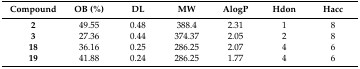
<table><thead><tr><td><b>Compound</b></td><td><b>OB (%)</b></td><td><b>DL</b></td><td><b>MW</b></td><td><b>AlogP</b></td><td><b>Hdon</b></td><td><b>Hacc</b></td></tr></thead><tbody><tr><td><b>2</b></td><td>49.55</td><td>0.48</td><td>388.4</td><td>2.31</td><td>1</td><td>8</td></tr><tr><td><b>3</b></td><td>27.36</td><td>0.44</td><td>374.37</td><td>2.05</td><td>2</td><td>8</td></tr><tr><td><b>18</b></td><td>36.16</td><td>0.25</td><td>286.25</td><td>2.07</td><td>4</td><td>6</td></tr><tr><td><b>19</b></td><td>41.88</td><td>0.24</td><td>286.25</td><td>1.77</td><td>4</td><td>6</td></tr></tbody></table>